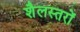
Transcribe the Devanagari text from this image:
शैलस्तरों